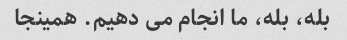
بله، بله، ما انجام می دهیم. همینجا